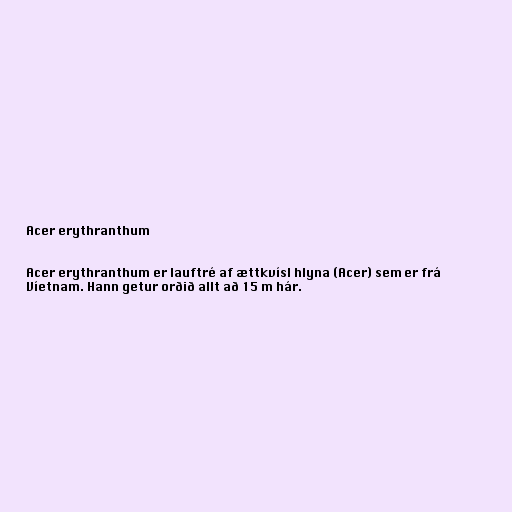
Acer erythranthum

Acer erythranthum er lauftré af ættkvísl hlyna (Acer) sem er frá
Víetnam. Hann getur orðið allt að 15 m hár.